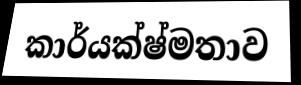
කාර්යක්ෂ්මතාව